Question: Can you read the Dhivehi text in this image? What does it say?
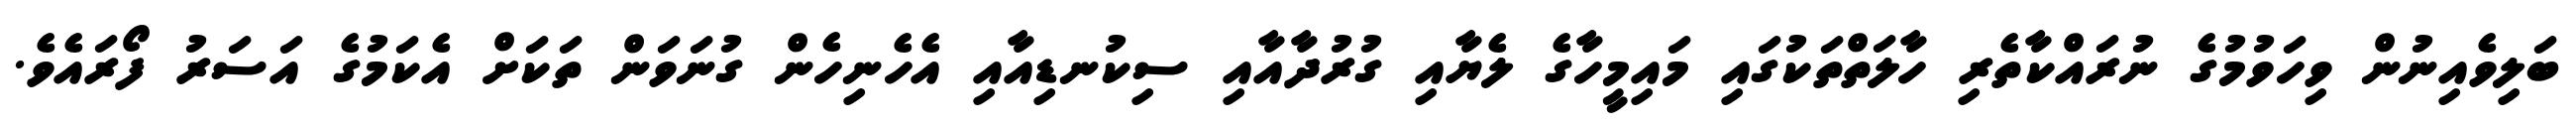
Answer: ބަލިވެއިނުން ވިހަވުމުގެ ނުރައްކާތެރި ހާލަތްތަކުގައި މައިމީހާގެ ލެޔާއި ގުރުދާއާއި ސިކުނޑިއާއި އެހެނިހެން ގުނަވަން ތަކަށް އެކަމުގެ އަސަރު ފޯރައެވެ.